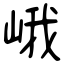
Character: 峨